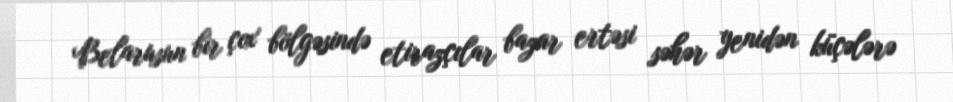
Belarusun bir çox bölgəsində etirazçılar bazar ertəsi səhər yenidən küçələrə